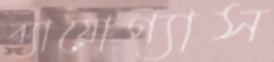
ব্যায়োগ্যাস